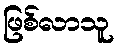
ဖြစ်လာသူ